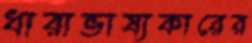
ধারাভাষ্যকারের